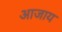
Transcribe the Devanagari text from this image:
आजाय